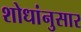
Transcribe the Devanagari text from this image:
शोधांनुसार